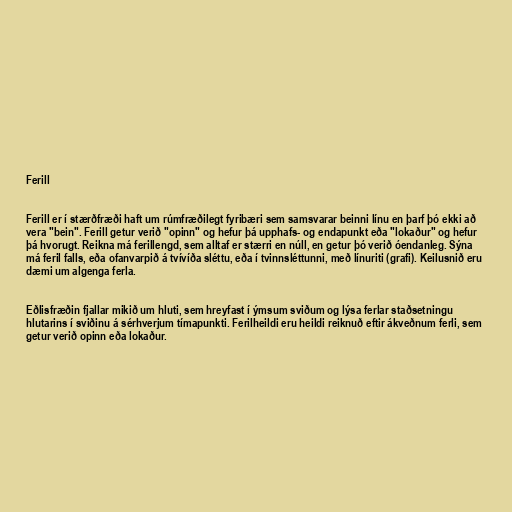
Ferill

Ferill er í stærðfræði haft um rúmfræðilegt fyribæri sem samsvarar beinni línu en þarf þó ekki að
vera "bein". Ferill getur verið "opinn" og hefur þá upphafs- og endapunkt eða "lokaður" og hefur
þá hvorugt. Reikna má ferillengd, sem alltaf er stærri en núll, en getur þó verið óendanleg. Sýna
má feril falls, eða ofanvarpið á tvívíða sléttu, eða í tvinnsléttunni, með línuriti (grafi). Keilusnið eru
dæmi um algenga ferla.

Eðlisfræðin fjallar mikið um hluti, sem hreyfast í ýmsum sviðum og lýsa ferlar staðsetningu
hlutarins í sviðinu á sérhverjum tímapunkti. Ferilheildi eru heildi reiknuð eftir ákveðnum ferli, sem
getur verið opinn eða lokaður.